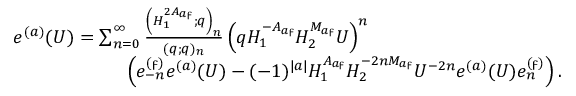
\begin{array} { r l } & { e ^ { ( a ) } ( U ) = \sum _ { n = 0 } ^ { \infty } \frac { \left( H _ { 1 } ^ { 2 A _ { a \digamma } } ; q \right) _ { n } } { ( q ; q ) _ { n } } \left( q H _ { 1 } ^ { - A _ { a \digamma } } H _ { 2 } ^ { M _ { a \digamma } } U \right) ^ { n } } \\ & { \qquad \qquad \qquad \left( e _ { - n } ^ { ( \digamma ) } e ^ { ( a ) } ( U ) - ( - 1 ) ^ { | a | } H _ { 1 } ^ { A _ { a \digamma } } H _ { 2 } ^ { - 2 n M _ { a \digamma } } U ^ { - 2 n } e ^ { ( a ) } ( U ) e _ { n } ^ { ( \digamma ) } \right) . } \end{array}